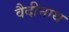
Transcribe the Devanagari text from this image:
वैदीनाथ